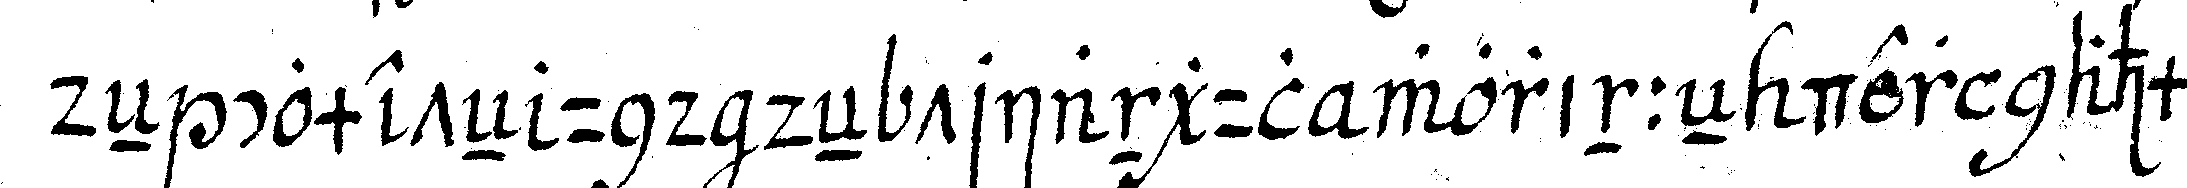
deN cometeN und deN triangul worinneN der nahmeN